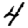
Digit: 4